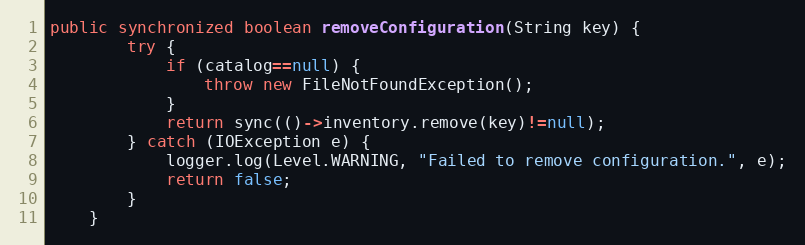
Language: Java
public synchronized boolean removeConfiguration(String key) {
		try {
			if (catalog==null) {
				throw new FileNotFoundException();
			}
			return sync(()->inventory.remove(key)!=null);
		} catch (IOException e) {
			logger.log(Level.WARNING, "Failed to remove configuration.", e);
			return false;
		}
	}